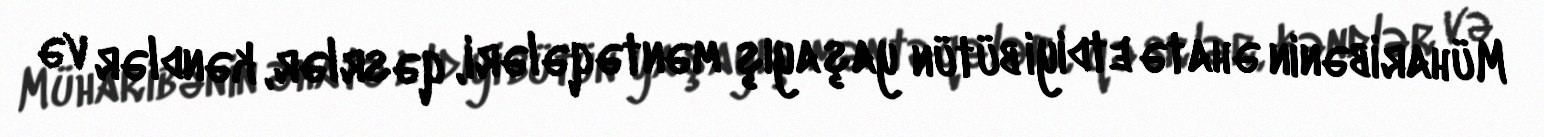
Müharibənin əhatə etdiyi bütün yaşayış məntəqələri, qəsrlər, kəndlər və